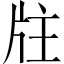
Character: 𤖸